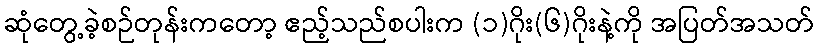
ဆုံတွေ့ခဲ့စဉ်တုန်းကတော့ ဧည့်သည်စပါးက (၁)ဂိုး(၆)ဂိုးနဲ့ကို အပြတ်အသတ်